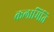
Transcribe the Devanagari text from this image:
कलामिति